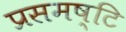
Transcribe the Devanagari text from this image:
प्रसमष्‍टि